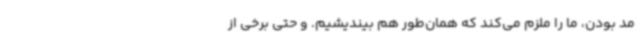
مد بودن، ما را ملزم می‌کند که همان‌طور هم بیندیشیم. و حتی برخی از